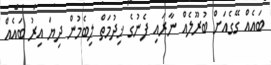
ބައެއް ގޭގެއަށް ބުރޫލެއް ނާރައި ފެނުގެ ޚިދުމަތް ލިބެމުން ދިޔަ އިރު ބައެއް